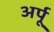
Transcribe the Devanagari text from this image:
अर्पू